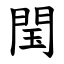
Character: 閠